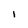
Character: l